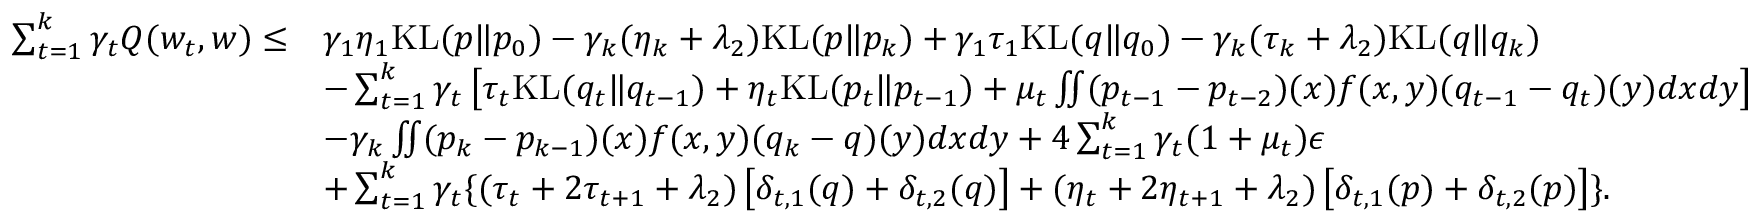
\begin{array} { r l } { \sum _ { t = 1 } ^ { k } \gamma _ { t } Q ( w _ { t } , w ) \leq } & { \gamma _ { 1 } \eta _ { 1 } \mathrm { K L } ( p \| p _ { 0 } ) - \gamma _ { k } ( \eta _ { k } + \lambda _ { 2 } ) \mathrm { K L } ( p \| p _ { k } ) + \gamma _ { 1 } \tau _ { 1 } \mathrm { K L } ( q \| q _ { 0 } ) - \gamma _ { k } ( \tau _ { k } + \lambda _ { 2 } ) \mathrm { K L } ( q \| q _ { k } ) } \\ & { - \sum _ { t = 1 } ^ { k } \gamma _ { t } \left[ \tau _ { t } \mathrm { K L } ( q _ { t } \| q _ { t - 1 } ) + \eta _ { t } \mathrm { K L } ( p _ { t } \| p _ { t - 1 } ) + \mu _ { t } \iint ( p _ { t - 1 } - p _ { t - 2 } ) ( x ) f ( x , y ) ( q _ { t - 1 } - q _ { t } ) ( y ) d x d y \right] } \\ & { - \gamma _ { k } \iint ( p _ { k } - p _ { k - 1 } ) ( x ) f ( x , y ) ( q _ { k } - q ) ( y ) d x d y + 4 \sum _ { t = 1 } ^ { k } \gamma _ { t } ( 1 + \mu _ { t } ) \epsilon } \\ & { + \sum _ { t = 1 } ^ { k } \gamma _ { t } \{ ( \tau _ { t } + 2 \tau _ { t + 1 } + \lambda _ { 2 } ) \left[ \delta _ { t , 1 } ( q ) + \delta _ { t , 2 } ( q ) \right] + ( \eta _ { t } + 2 \eta _ { t + 1 } + \lambda _ { 2 } ) \left[ \delta _ { t , 1 } ( p ) + \delta _ { t , 2 } ( p ) \right] \} . } \end{array}